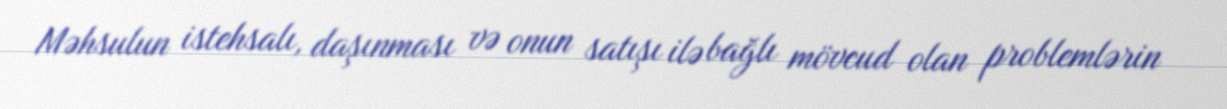
Məhsulun istehsalı, daşınması və onun satışı ilə bağlı mövcud olan problemlərin